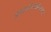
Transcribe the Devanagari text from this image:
प्रवासीसंख्येप्रमाणे